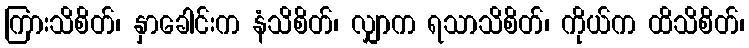
ကြားသိစိတ်၊ နှာခေါင်းက နံသိစိတ်၊ လျှာက ရသာသိစိတ်၊ ကိုယ်က ထိသိစိတ်၊